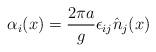
LaTeX: \begin{align*}\alpha_i(x)=\frac{2\pi a}{g}\epsilon_{ij}\hat n_j(x)\end{align*}